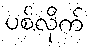
ပစ်လိုက်